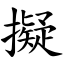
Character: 擬